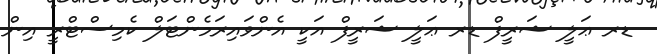
ޑރ ޢަލީ ޝަރީފް ޑރ ޢަލީ ޝަރީފް އަކީ އެންވައިރަމެންޓަލް ކެމިސްޓްރީ އިން